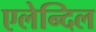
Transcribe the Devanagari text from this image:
एलेन्दिल